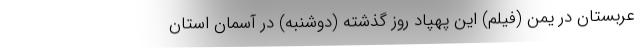
عربستان در یمن (فیلم) این پهپاد روز گذشته (دوشنبه) در آسمان استان